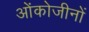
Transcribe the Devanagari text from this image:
ओंकोजीनों